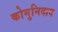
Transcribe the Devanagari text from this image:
कोमुनिदाद